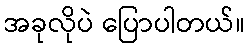
အခုလိုပဲ ပြောပါတယ်။